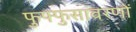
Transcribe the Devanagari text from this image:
फुफ्फुसावरणों